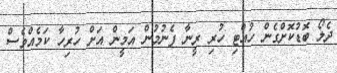
ދެލޯ ބޮޑުކޮށްގެން ހުއްޓި ހުރި ރީނާ ފެނުމުން އަމީން އަށް ހުރިހާ ކަމެއްވެސް